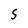
Character: 5